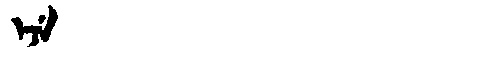
Manchu: ᡝᠵᡝ
Romanization: EJE